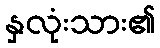
နှလုံးသား၏